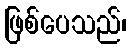
ဖြစ်ပေသည်၊